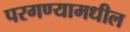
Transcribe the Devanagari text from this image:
परगण्यामधील